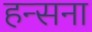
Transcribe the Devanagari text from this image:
हन्सना